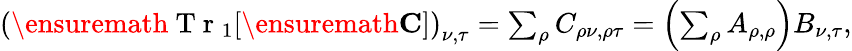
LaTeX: \begin{array}{r}{\left(\ensuremath{\mathrm{~T~r~}}_{1}[\ensuremath{\mathbf{C}}]\right)_{\nu,\tau}=\sum_{\rho}C_{\rho\nu,\rho\tau}=\left(\sum_{\rho}A_{\rho,\rho}\right)B_{\nu,\tau},}\end{array}